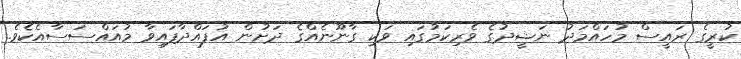
ކުރީގެ ރައީސް މުހައްމަދު ނަޝީދުގެ ވެރިކަމުގައި ވަކި ގާނޫނެއްގެ ދަށުން އުފައްދާފައިވާ މުއައްސަސާއެކެވެ.